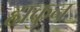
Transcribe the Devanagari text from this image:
हाकुन